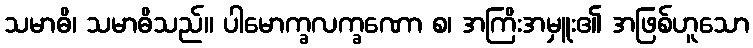
သမာဓိ၊ သမာဓိသည်။ ပါမောက္ခလက္ခဏော စ၊ အကြိးအမှူး၏ အဖြစ်ဟူသော